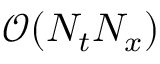
\mathcal { O } ( N _ { t } N _ { x } )